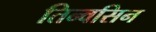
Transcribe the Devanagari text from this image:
तिन्वसिन